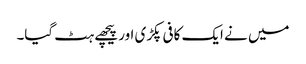
میں نے ایک کافی پکڑی اور پیچھے ہٹ گیا۔